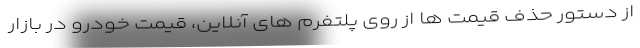
از دستور حذف قیمت ها از روی پلتفرم های آنلاین، قیمت خودرو در بازار